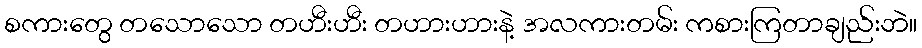
စကားတွေ တသောသော တဟီးဟီး တဟားဟားနဲ့ အလကားတမ်း ကစားကြတာချည်းဘဲ။